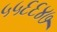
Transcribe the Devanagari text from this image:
५५६६४७